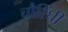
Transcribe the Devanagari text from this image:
चौरिंघी